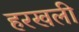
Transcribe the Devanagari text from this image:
हरखली